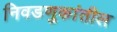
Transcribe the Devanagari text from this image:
निवडणुकांतील